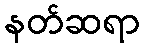
နတ်ဆရာ